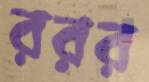
ররর